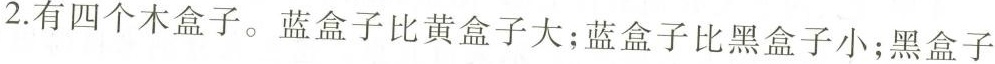
2.有四个木盒子。蓝盒子比黄盒子大；蓝盒子比黑盒子小；黑盒子